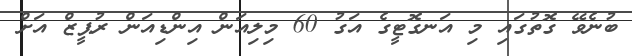
ބުނެވޭ ގޮތުގައި މި އަނގޮޓީގެ އަގު 60 މިލިއަން އިންޑިއަން ރުޕީޒް އަށް